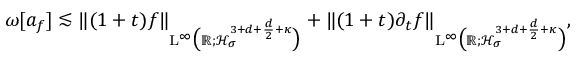
\begin{array} { r } { \omega [ a _ { f } ] \lesssim \Vert ( 1 + t ) f \Vert _ { \mathrm { L } ^ { \infty } \big ( \mathbb R ; \mathcal { H } _ { \sigma } ^ { 3 + d + \frac { d } { 2 } + \kappa } \big ) } + \Vert ( 1 + t ) \partial _ { t } f \Vert _ { \mathrm { L } ^ { \infty } \big ( \mathbb R ; \mathcal { H } _ { \sigma } ^ { 3 + d + \frac { d } { 2 } + \kappa } \big ) } , } \end{array}